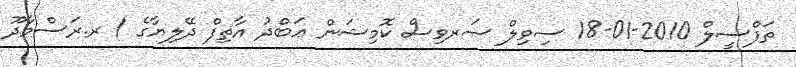
ތަފްސީލް 2010-01-18 ސިވިލް ސަރވިސް ކޮމިޝަން ޢަބްދު އާތިފް ދޭލިޔާގެ / ރ.ރަސްމާދޫ